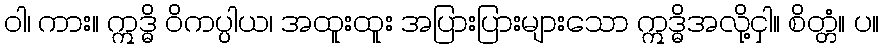
ဝါ၊ ကား။ ဣဒ္ဓိ ဝိကပ္ပါယ၊ အထူးထူး အပြားပြားများသော ဣဒ္ဓိအလို့ငှါ။ စိတ္တံ။ ပ။